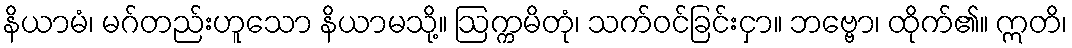
နိယာမံ၊ မဂ်တည်းဟူသော နိယာမသို့။ ဩက္ကမိတုံ၊ သက်ဝင်ခြင်းငှာ။ ဘဗ္ဗော၊ ထိုက်၏။ ဣတိ၊